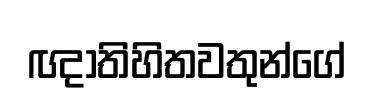
ඥාතිහිතවතුන්ගේ